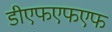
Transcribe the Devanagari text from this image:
डीएफएफएफ